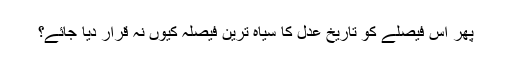
پھر اِس فیصلے کو تاریخِ عدل کا سیاہ ترین فیصلہ کیوں نہ قرار دیا جائے؟